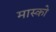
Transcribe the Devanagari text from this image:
मास्‍को